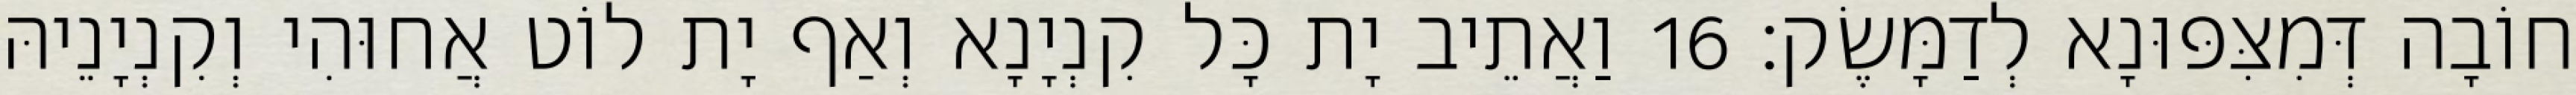
חוֹבָה דְּמִצִּפּוּנָא לְדַמָּשֶׂק׃ 16 וַאֲתֵיב יָת כָּל קִנְיָנָא וְאַף יָת לוֹט אֲחוּהִי וְקִנְיָנֵיהּ